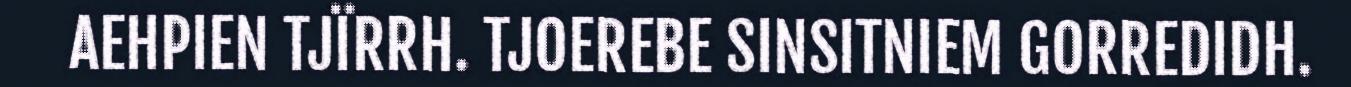
AEHPIEN TJÏRRH. TJOEREBE SINSITNIEM GORREDIDH.